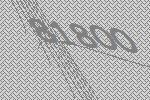
81800